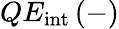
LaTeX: QE_{\mathrm{int}}\, (-)